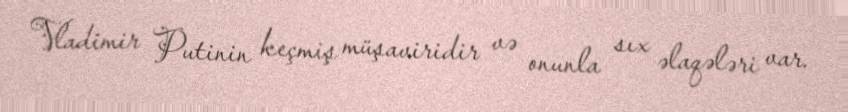
Vladimir Putinin keçmiş müşaviridir və onunla sıx əlaqələri var.